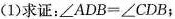
(1)求证：$$∠ A D B = ∠ C D B$$；